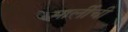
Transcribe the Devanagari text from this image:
मार्लीची